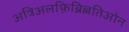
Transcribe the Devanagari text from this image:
अत्रिअलफ़िब्रिल्लतिओन